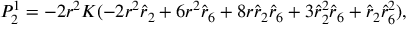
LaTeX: P _ { 2 } ^ { 1 } = - 2 r ^ { 2 } K ( - 2 r ^ { 2 } \hat { r } _ { 2 } + 6 r ^ { 2 } \hat { r } _ { 6 } + 8 r \hat { r } _ { 2 } \hat { r } _ { 6 } + 3 \hat { r } _ { 2 } ^ { 2 } \hat { r } _ { 6 } + \hat { r } _ { 2 } \hat { r } _ { 6 } ^ { 2 } ) ,